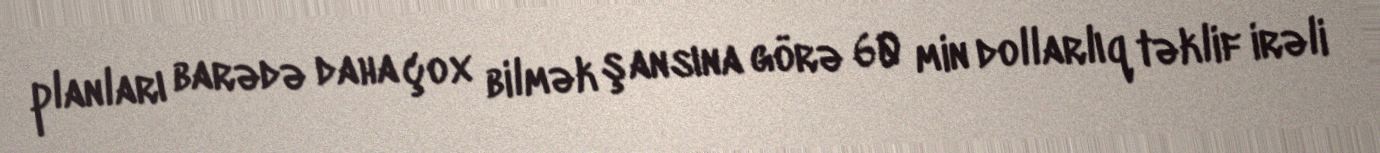
planları barədə daha çox bilmək şansına görə 60 min dollarlıq təklif irəli